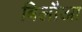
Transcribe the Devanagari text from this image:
बिलौआ